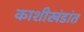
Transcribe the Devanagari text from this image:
काशीखंडांत